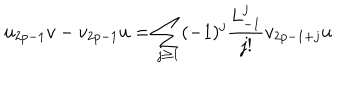
u _ { 2 p - 1 } v - v _ { 2 p - 1 } u = \sum _ { j \geq 1 } ( - 1 ) ^ { j } \frac { L _ { - 1 } ^ { j } } { j ! } v _ { 2 p - 1 + j } u